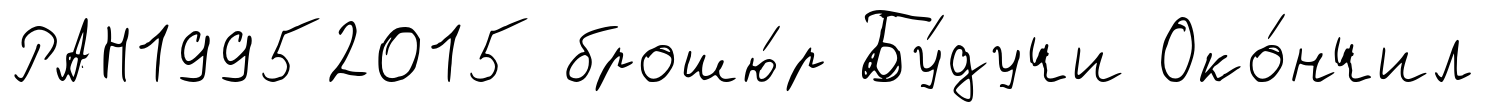
РАН19952015 брошю́р Бу́дучи Око́нчил